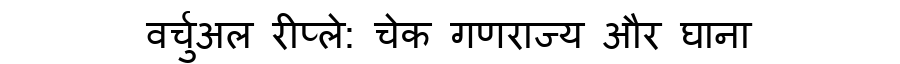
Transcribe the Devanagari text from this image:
वर्चुअल रीप्ले: चेक गणराज्य और घाना